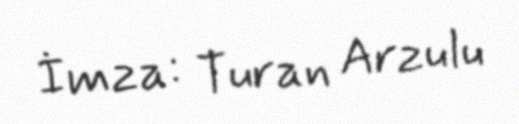
İmza: Turan Arzulu